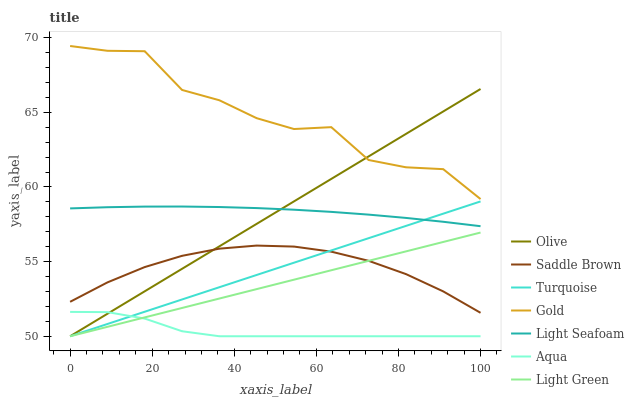
| xaxis_label | Olive | Saddle Brown | Turquoise | Gold | Light Seafoam | Aqua | Light Green |
 | --- | --- | --- | --- | --- | --- | --- | --- |
 | 0 | 50 | 52.3 | 50 | 69.4 | 58.6 | 51.6 | 50 |
 | 9.09 | 51.5 | 53.6 | 50.8 | 69.1 | 58.6 | 51.6 | 50.6 |
 | 18.2 | 53 | 54.6 | 51.6 | 69.1 | 58.7 | 51.2 | 51.3 |
 | 27.3 | 54.5 | 55.4 | 52.5 | 66.5 | 58.7 | 50.3 | 51.9 |
 | 36.4 | 56 | 55.9 | 53.3 | 65.8 | 58.7 | 50 | 52.5 |
 | 45.5 | 57.5 | 56.1 | 54.1 | 64.6 | 58.6 | 50 | 53.2 |
 | 54.5 | 59 | 56 | 54.9 | 63.9 | 58.5 | 50 | 53.8 |
 | 63.6 | 60.5 | 55.7 | 55.7 | 64 | 58.3 | 50 | 54.4 |
 | 72.7 | 62 | 55.1 | 56.6 | 61.8 | 58.1 | 50 | 55.1 |
 | 81.8 | 63.6 | 54.2 | 57.4 | 61.3 | 57.9 | 50 | 55.7 |
 | 90.9 | 65.1 | 53 | 58.2 | 61.2 | 57.7 | 50 | 56.3 |
 | 100 | 66.6 | 51.6 | 59 | 59.2 | 57.4 | 50 | 56.9 |